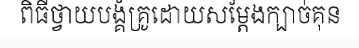
ពិធីថ្វាយបង្គំគ្រូដោយសម្តែងក្បាច់គុន